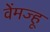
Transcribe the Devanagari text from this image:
वेंमज्हू